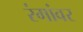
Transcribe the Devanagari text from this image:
रंगांवर